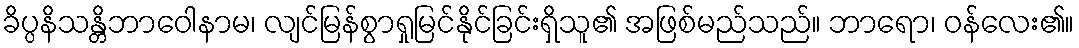
ခိပ္ပနိသန္တိဘာဝေါနာမ၊ လျင်မြန်စွာရှုမြင်နိုင်ခြင်းရှိသူ၏ အဖြစ်မည်သည်။ ဘာရော၊ ဝန်လေး၏။